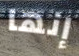
إنها